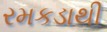
રમકડાથી